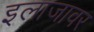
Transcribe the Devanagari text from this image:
इलाजावर